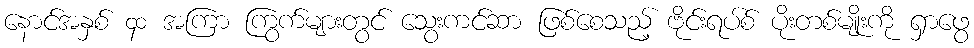
နောင်အနှစ် ၄၀ အကြာ ကြွက်များတွင် သွေးကင်ဆာ ဖြစ်စေသည့် ဗိုင်းရပ်စ် ပိုးတစ်မျိုးကို ရှာဖွေ